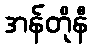
အန်တိုနီ